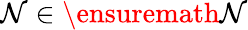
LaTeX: \mathcal{N}\in\ensuremath{{\mathbb{{\mathcal{N}}}}}